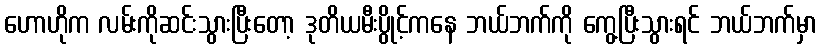
ဟောဟိုက လမ်းကိုဆင်းသွားပြီးတော့ ဒုတိယမီးပွိုင့်ကနေ ဘယ်ဘက်ကို ကွေ့ပြီးသွားရင် ဘယ်ဘက်မှာ